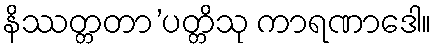
နိဿတ္တတာ’ပတ္တိသု ကာရဏာဒေါ။